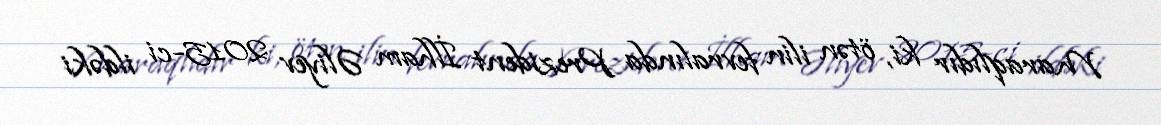
Maraqlıdır ki, ötən ilin fevralında Prezident İlham Əliyev 2015-ci ildəki